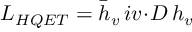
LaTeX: { \cal L } _ { H Q E T } = \bar { h } _ { v } \, i v \! \cdot \! D \, h _ { v }